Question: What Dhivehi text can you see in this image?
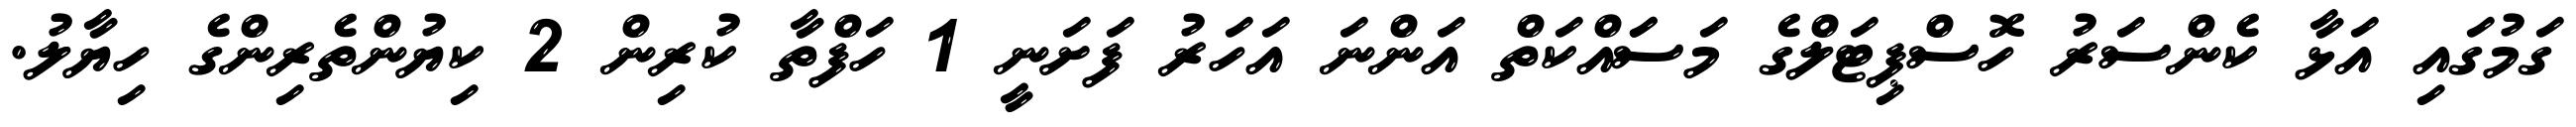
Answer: ގަމުގައި އަޅާ ކެންސަރު ހޮސްޕިޓަލްގެ މަސަައްކަތް އަންނަ އަހަރު ފަށަނީ 1 ހަފްތާ ކުރިން 2 ކިޔުންތެރިންގެ ހިޔާލު.